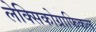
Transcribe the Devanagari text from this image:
लेक्सिकोग्राफिकल